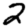
Digit: 2